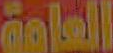
العامة